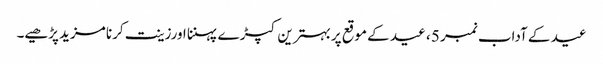
عید کے آداب نمبر 5 ، ﻿عید کے موقع پربہترین کپڑ ے پہننا اورزینت کرنا مزید پڑھیے۔